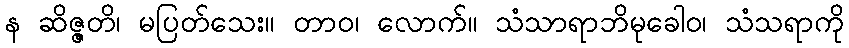
န ဆိဇ္ဇတိ၊ မပြတ်သေး။ တာဝ၊ လောက်။ သံသာရာဘိမုခေါဝ၊ သံသရာကို